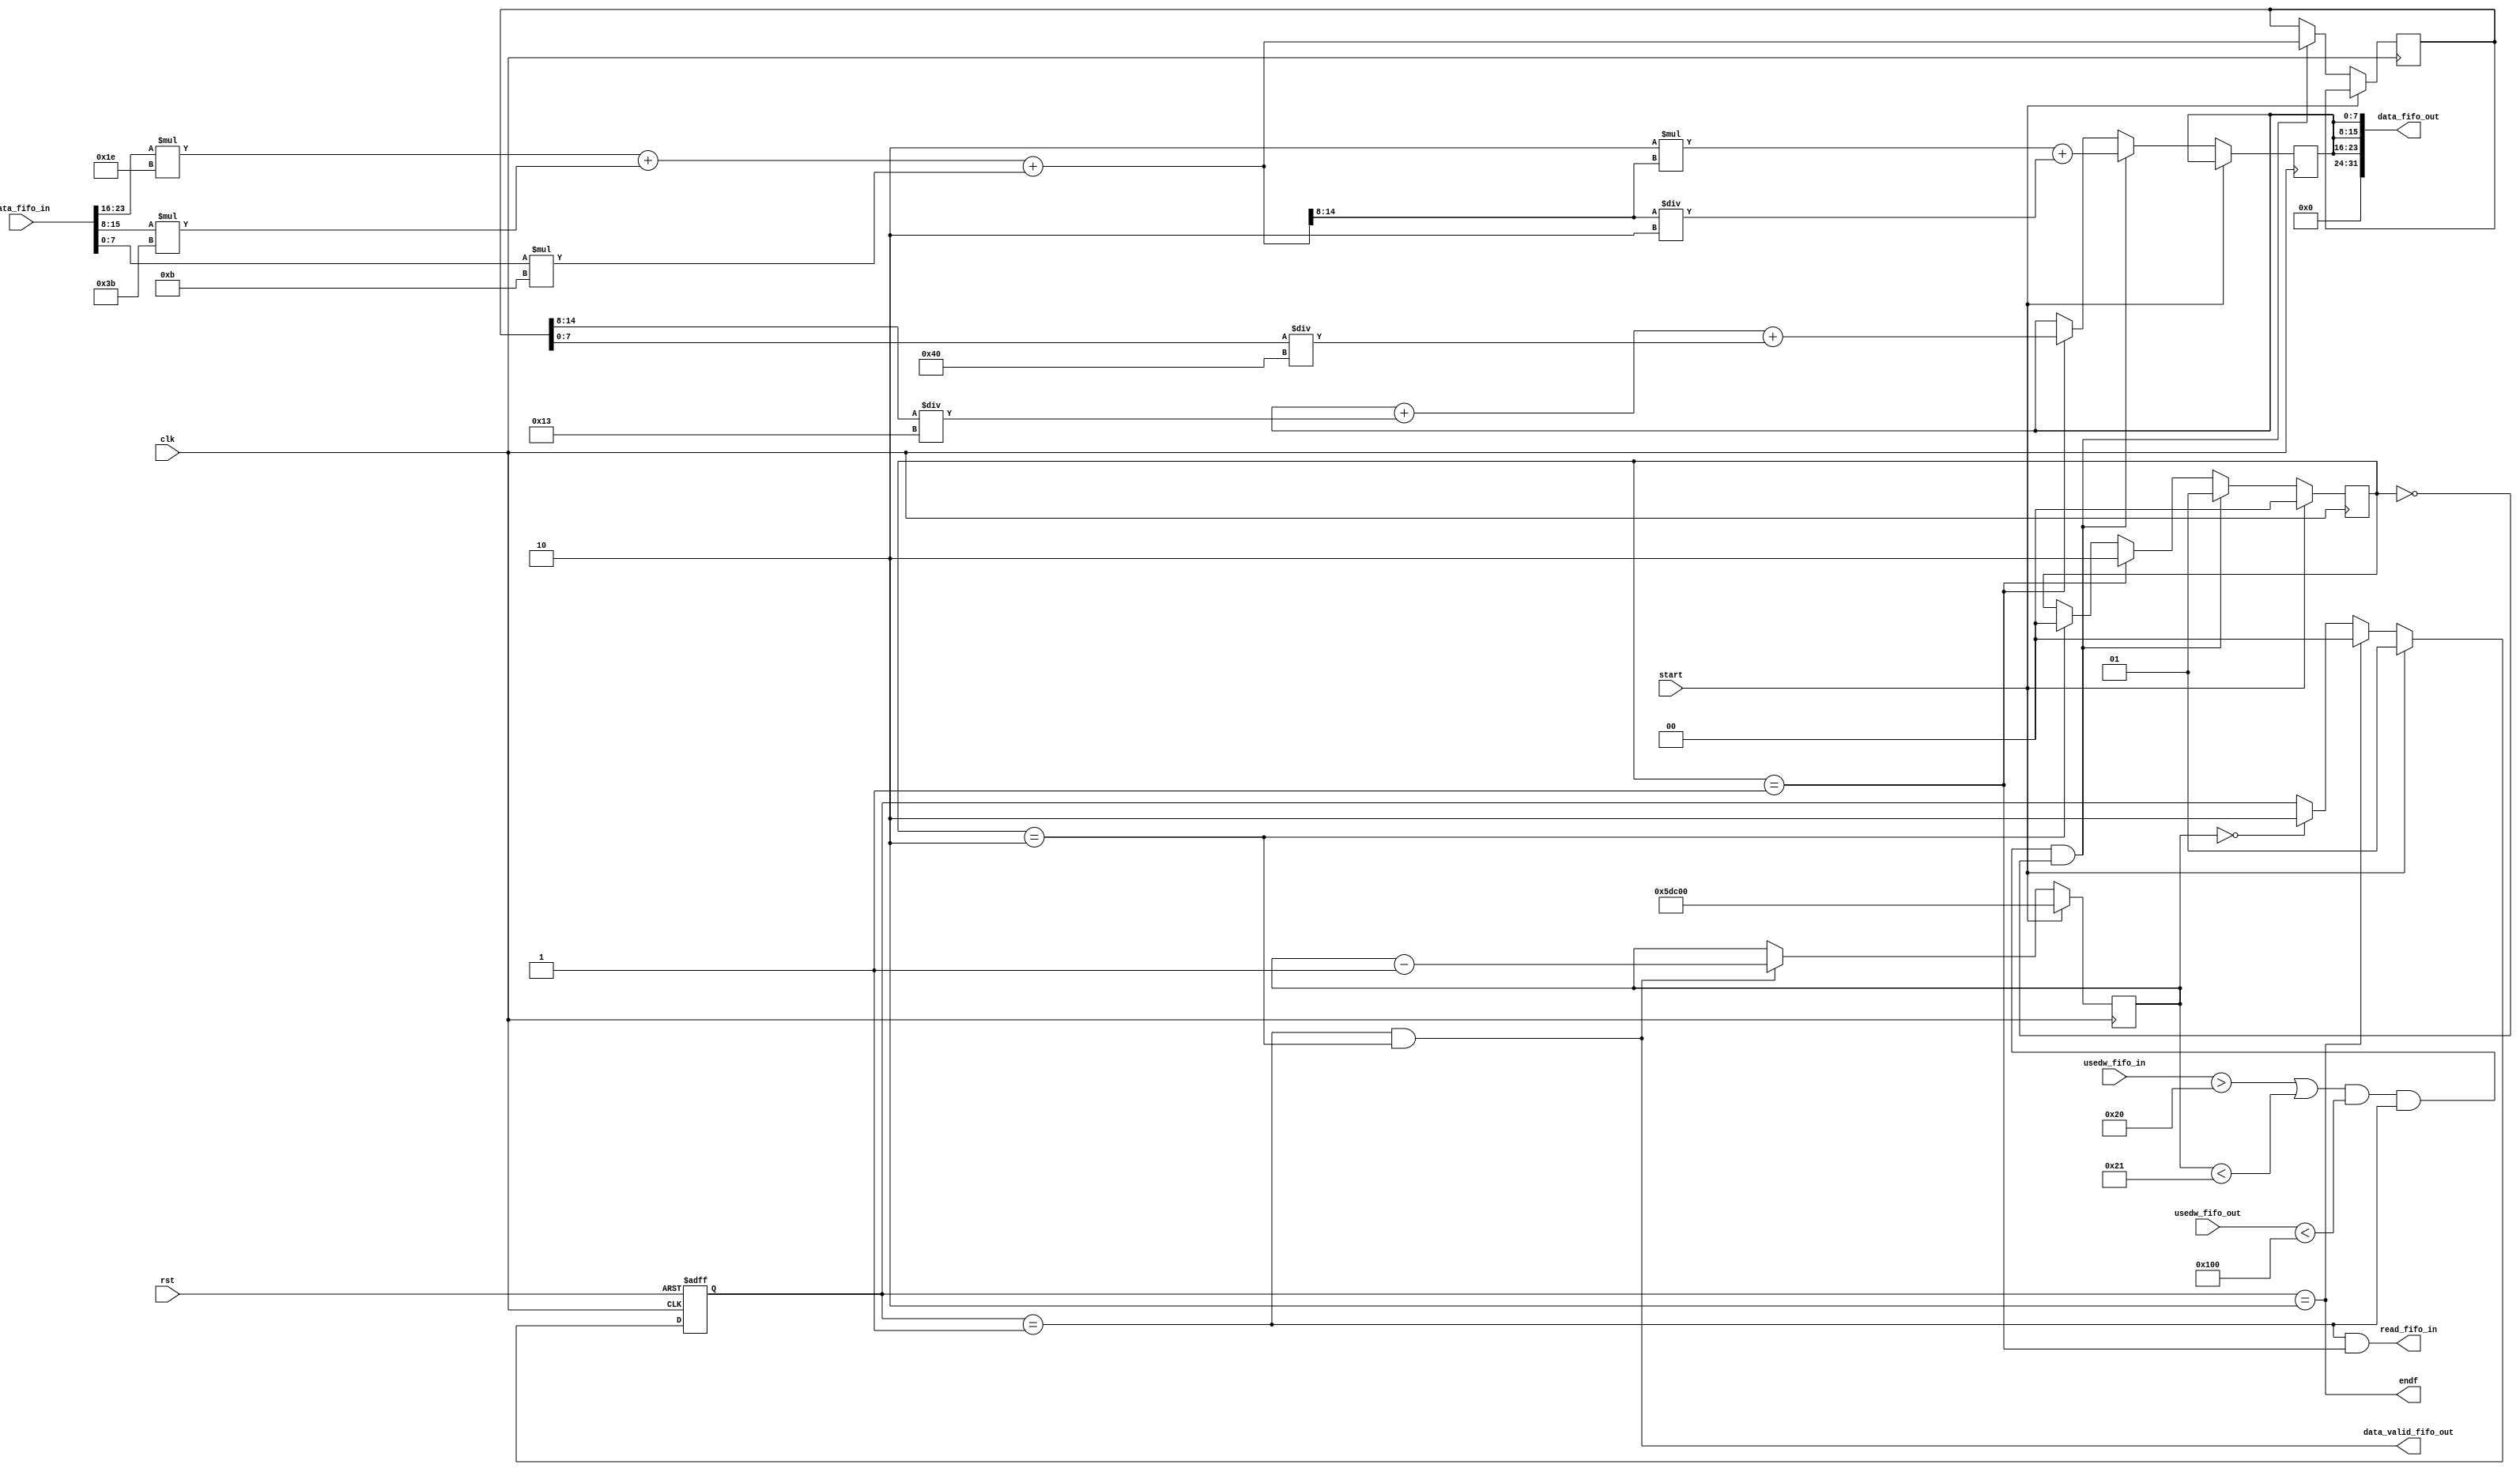
module AGrises (
	input clk,
	input rst,
	output [DATA_WIDTH-1:0] data_fifo_out,
	output data_valid_fifo_out,
	input wire [FIFO_DEPTH_LOG2:0] usedw_fifo_out,
	input wire [DATA_WIDTH-1:0] data_fifo_in,
	output read_fifo_in,
	input wire [FIFO_DEPTH_LOG2:0] usedw_fifo_in,
	input start,
	output endf
);
	parameter DATA_WIDTH=32;
	parameter FIFO_DEPTH = 256;
	parameter FIFO_DEPTH_LOG2 = 8;
	reg [1:0] stages;
	wire stages_init;
	reg [1:0] run;
	reg [14:0] grey_aux;
	reg [7:0] grey;
	reg [18:0] pixel_counter;
	always @ (posedge clk or posedge rst) begin
		if (rst == 1) begin
			run <= 0;
		end else begin
			if (start == 1) begin
				run <= 1;
			end else begin
				if (pixel_counter == 0) begin
					run <= 2;
				end
				if (endf == 1) begin
					run <= 0;
				end
			end
		end
	end
	always @ (posedge clk) begin
		if (start == 1) begin
			pixel_counter <= 384000;
		end else begin
			if (data_valid_fifo_out) begin
				pixel_counter <= pixel_counter - 1;
			end
		end
	end
	always @ (posedge clk) begin
      if (start == 1) begin
			stages <= 0;
		end else begin
			if (stages_init == 1) begin
				stages <= 1;
				grey_aux = data_fifo_in[23:16]*8'd30 + data_fifo_in[15:8]*8'd59 + data_fifo_in[7:0]*8'd11;
				grey = 8'd2 * grey_aux[14:8];
				grey = grey + (grey_aux[14:8] / 8'd2);
			end else begin
				if (stages == 1) begin
					stages <= 2;
					grey = grey + (grey_aux[14:8] / 8'd19);
					grey = grey + (grey_aux[7:0] / 8'd64);
				end else begin
					if (stages == 2) begin
						stages <= 0;
					end
				end
			end
		end
	end
	assign stages_init = ((usedw_fifo_in > 32)|(pixel_counter < 33)) & (usedw_fifo_out < FIFO_DEPTH) & (run == 1) & (stages == 0);
	assign read_fifo_in = (run == 1) & (stages == 1);
	assign data_fifo_out = {8'd0,{3{grey}}};
	assign data_valid_fifo_out = (run == 1) & (stages == 2);
	assign endf = (run == 2);
endmodule